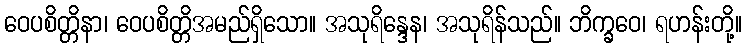
ဝေပစိတ္တိနာ၊ ဝေပစိတ္တိအမည်ရှိသော။ အသုရိန္ဒေန၊ အသုရိန်သည်။ ဘိက္ခဝေ၊ ရဟန်းတို့။